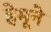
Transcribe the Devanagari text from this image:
हेमूने